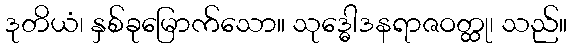
ဒုတိယံ၊ နှစ်ခုမြောက်သော။ သုဒ္ဓေါဒနရာဇဝတ္ထု၊ သည်။